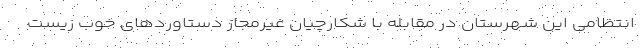
انتظامی این شهرستان در مقابله با شکارچیان غیرمجاز دستاوردهای خوب زیست